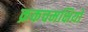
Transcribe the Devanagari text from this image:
क्रकचमक्षियों